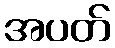
အပတ်